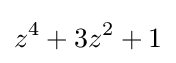
z^{4}+3z^{2}+1